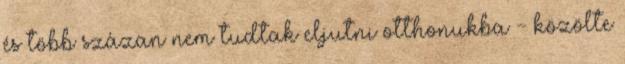
és több százan nem tudtak eljutni otthonukba - közölte